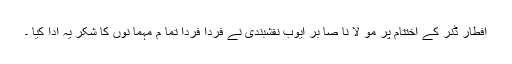
افطار ڈنر کے اختتام پر مو لا نا صا بر ایوب نقشبندی نے فردا فردا تما م مہما نوں کا شکر یہ ادا کیا ۔